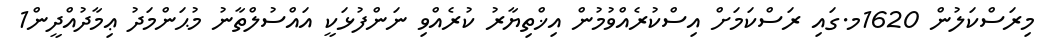
މިރަސްކަލުން 1620މ.ގައި ރަސްކަމަށް އިސްކުރެއްވުމުން އިޚްތިޔާރު ކުރެއްވި ނަންފުޅަކީ އައްސުލްތާނު މުޙަންމަދު ޢިމާދުއްދީން1